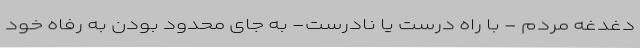
دغدغه مردم - با راه درست یا نادرست- به جای محدود بودن به رفاه خود